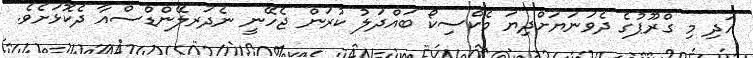
އަދި މި ގްރޫޕުގެ ދެވަނަޔަށްދިޔަ މެކްސިކޯ ބައްދަލު ކުރަން ޖެހޭނީ ނެދަރލޭންޑްސްއާ ދެކޮޅަށެވެ.